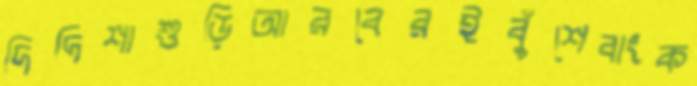
দিদিশাশুড়িআরবেরইবুঁশেবাংক